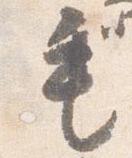
毛